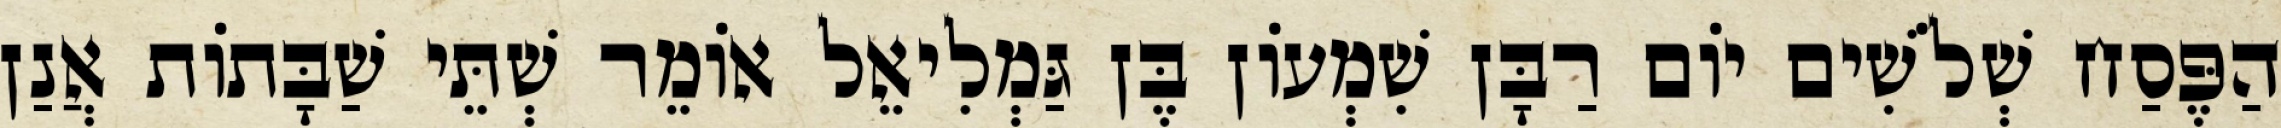
הַפֶּסַח שְׁלֹשִׁים יוֹם רַבָּן שִׁמְעוֹן בֶּן גַּמְלִיאֵל אוֹמֵר שְׁתֵּי שַׁבָּתוֹת אֲנַן